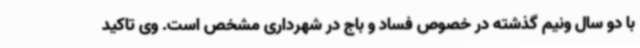
با دو سال ونیم گذشته در خصوص فساد و باج در شهرداری مشخص است. وی تاکید